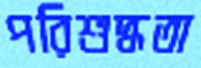
পরিশুদ্ধতা